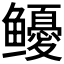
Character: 𩾎